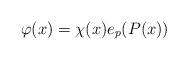
LaTeX: \begin{align*}\varphi(x)=\chi(x)e_p(P(x))\end{align*}